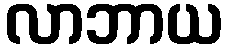
လာဘာယ